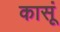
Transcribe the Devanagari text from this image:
कासूं